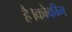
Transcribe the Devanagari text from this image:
है।कोकीन